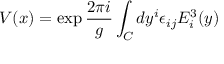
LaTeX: V ( x ) = \exp { \frac { 2 \pi i } { g } } \int _ { C } d y ^ { i } \epsilon _ { i j } E _ { i } ^ { 3 } ( y )